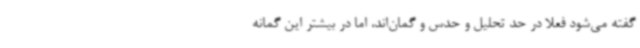
گفته می‌شود فعلا در حد تحلیل و حدس و گمان‌اند، اما در بیشتر این گمانه